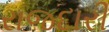
રાજદારી